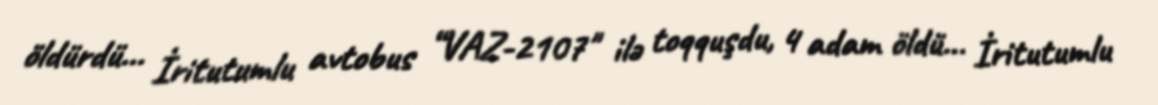
öldürdü... İritutumlu avtobus “VAZ-2107" ilə toqquşdu, 4 adam öldü... İritutumlu